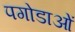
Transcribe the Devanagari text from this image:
पगोडाओं